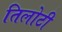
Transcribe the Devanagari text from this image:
तिलोटी